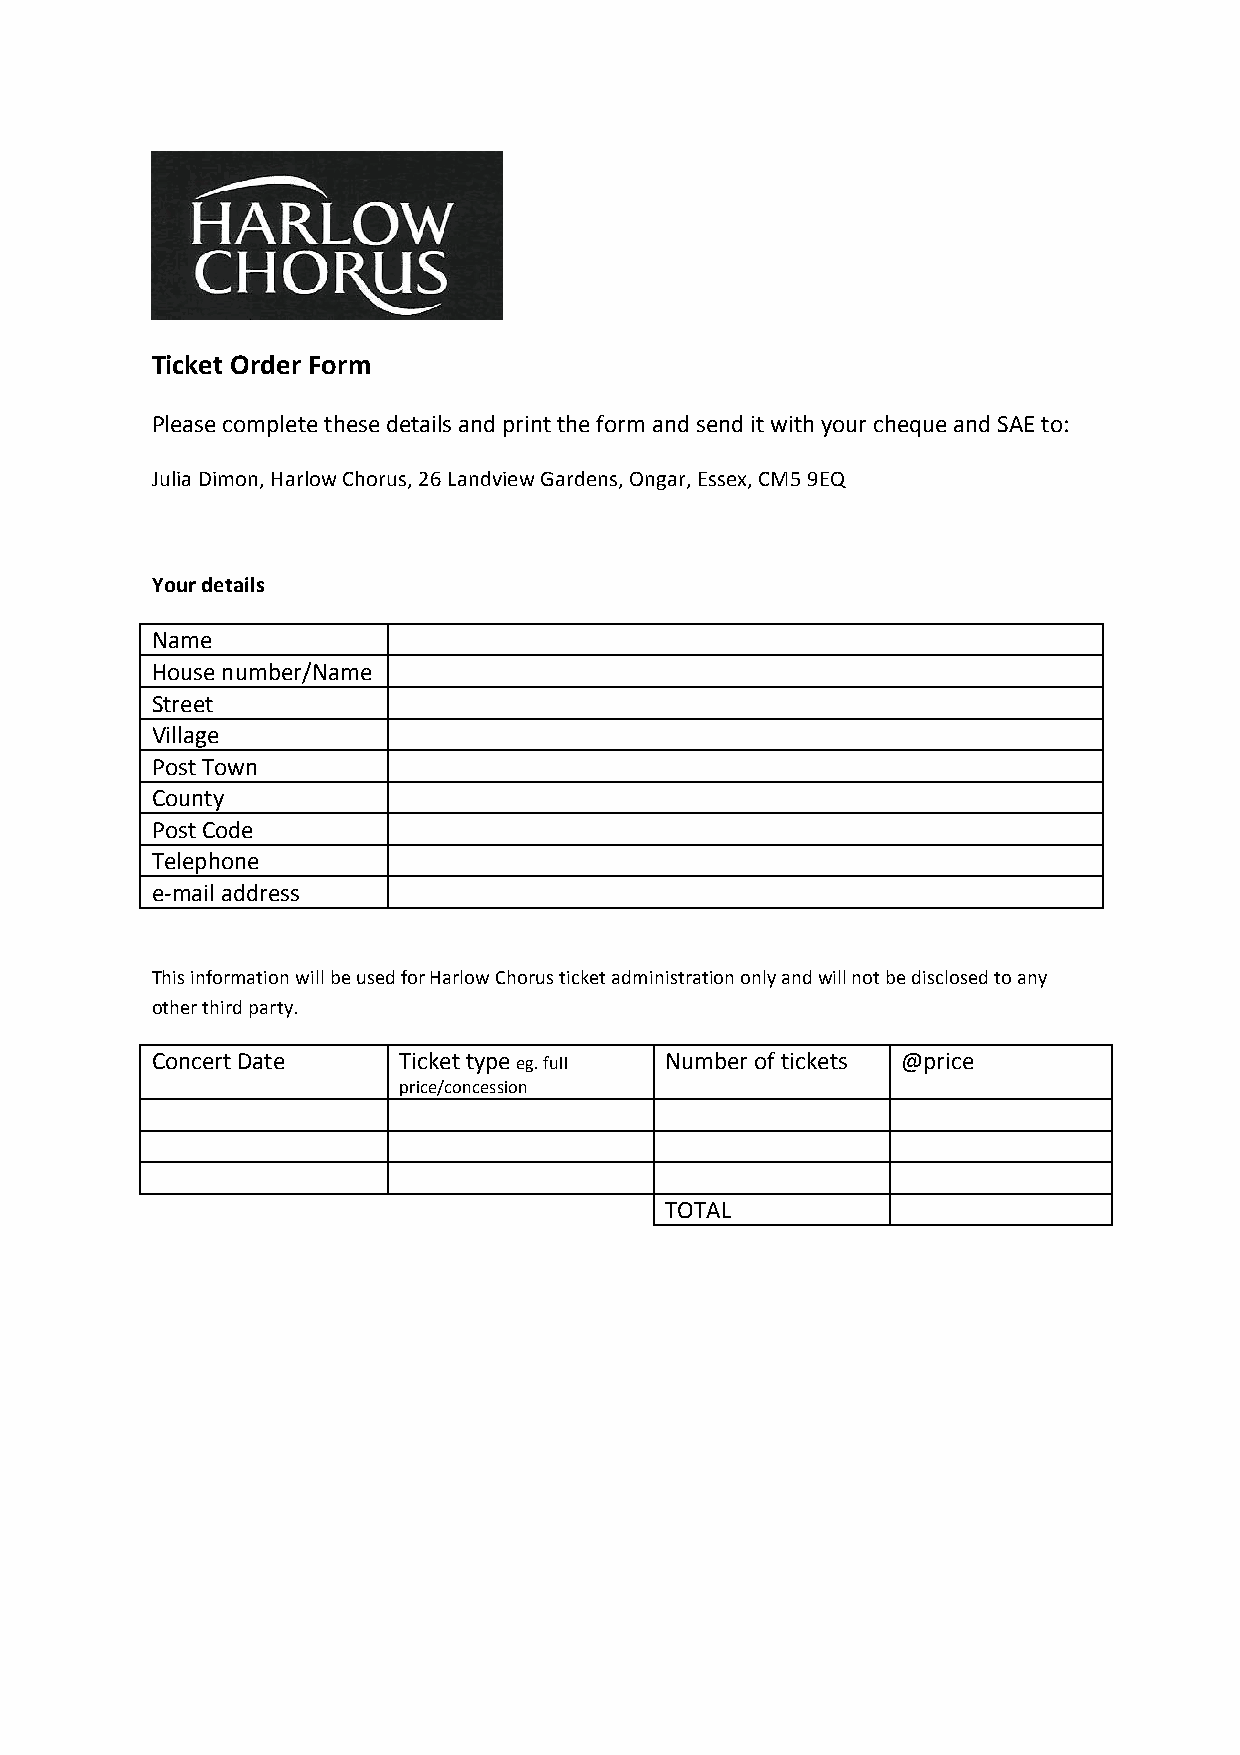
Ticket Order Form
 Please complete these details and print the form and send it with your cheque and SAE to:
 Julia Dimon, Harlow Chorus, 26 Landview Gardens, Ongar, Essex, CM5 9EQ
 Your details
 Name
 House number/Name
 Street
 Village
 Post Town
 County
 Post Code
 Telephone
 e-­‐mail address
 This information will be used for Harlow Chorus ticket administration only and will not be disclosed to any
 other third party.
 Concert Date    Ticket type eg. full Number of tickets @price
 price/concession
 TOTAL